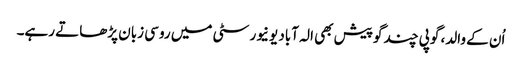
اُن کے والد، گوپی چند گوپیش بھی الہ آباد یونیورسٹی میں روسی زبان پڑھاتے رہے۔